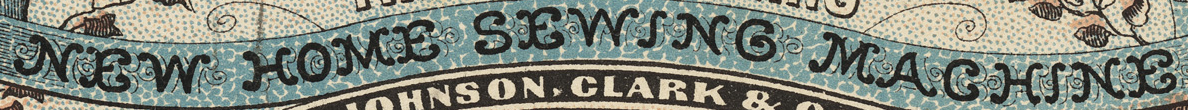
NEW HOME SEWING MACHINE